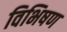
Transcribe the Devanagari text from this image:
विभिषण